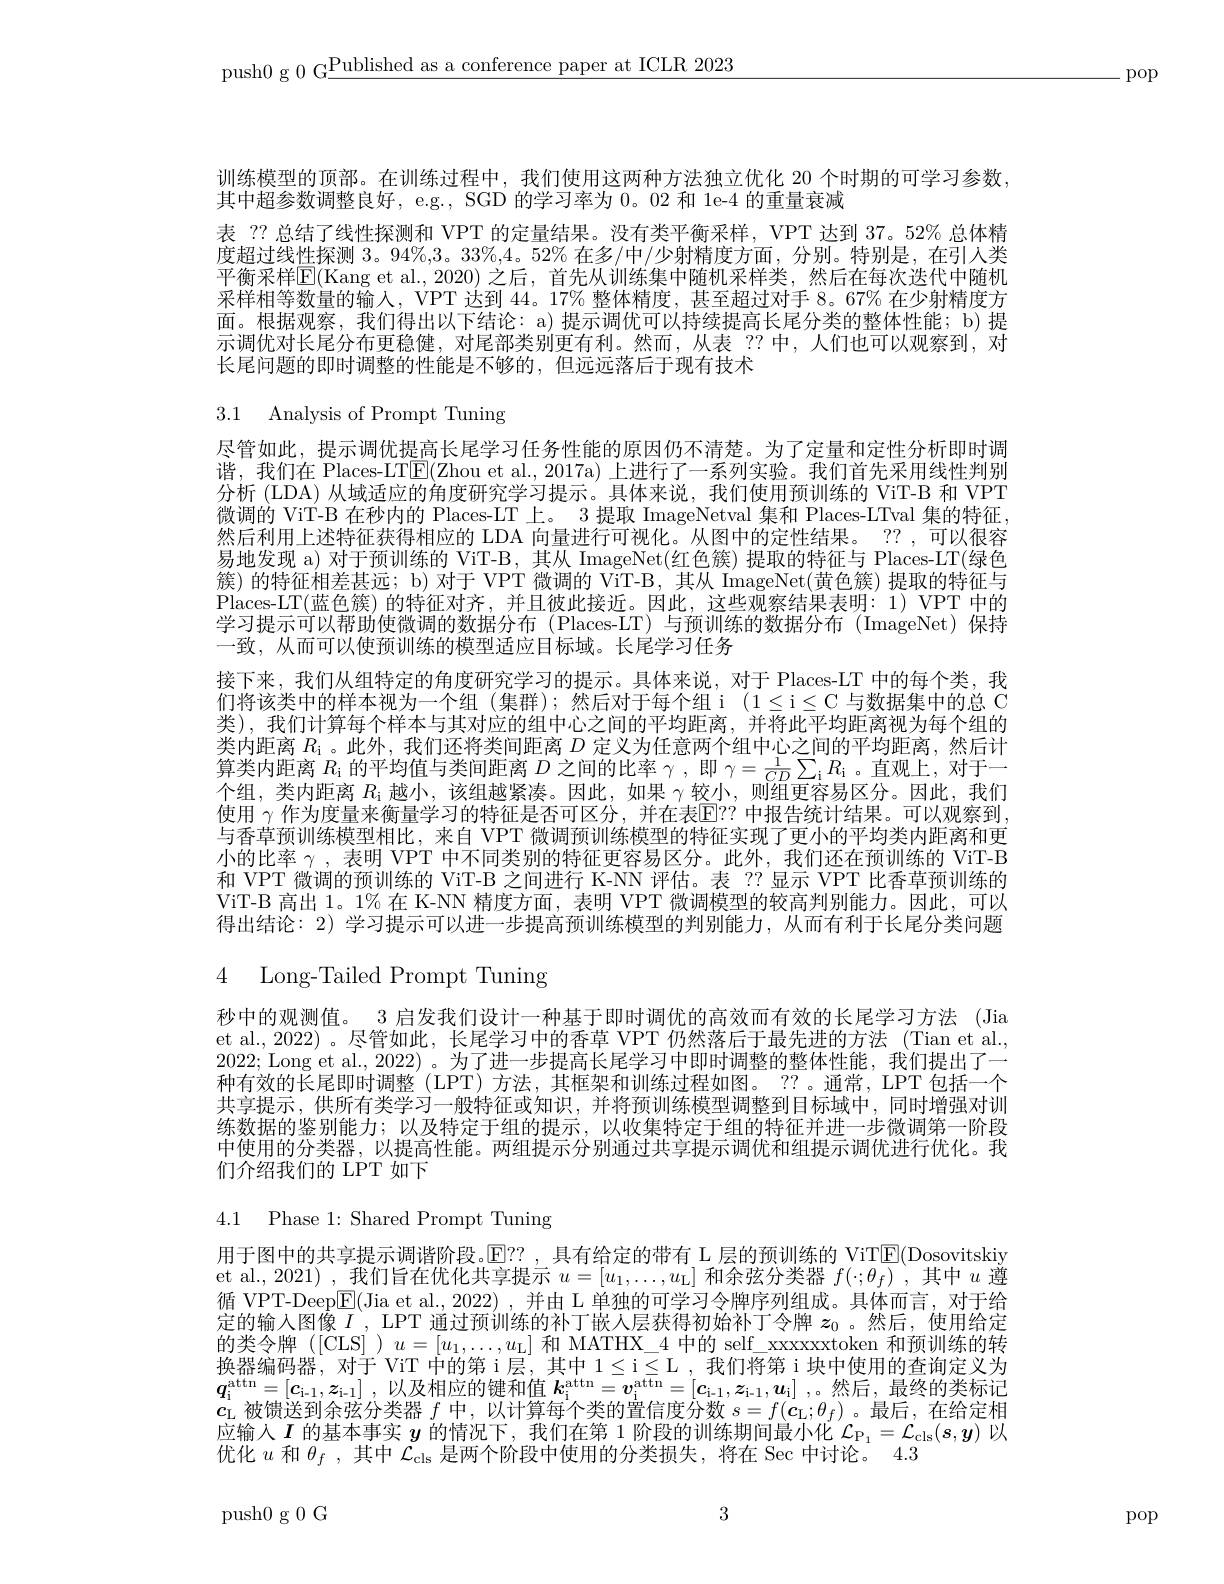
push0 g 0 G$\underline\text{Published as a conference paper at ICLR 2023}$

.pop

训练模型的顶部。在训练过程中，我们使用这两种方法独立优化 20 个时期的可学习参数，
其中超参数调整良好，e.g., SGD 的学习率为0。02 和 1e-4 的重量衰减
表 ?? 总结了线性探测和 VPT 的定量结果。没有类平衡采样，VPT 达到 37。52% 总体精度超过线性探测 3。94%,3。33%,4。52% 在多/中/少射精度方面，分别。特别是，在引入类平衡采样$\mathbb{E}($Kang et al.,2020)之后，首先从训练集中随机采样类，然后在每次迭代中随机采样相等数量的输人，VPT 达到 44。17% 整体精度，甚至超过对手 8。67% 在少射精度方面。根据观察，我们得出以下结论：a) 提示调优可以持续提高长尾分类的整体性能；b) 提示调优对长尾分布更稳健，对尾部类别更有利。然而，从表 ??中，人们也可以观察到，对长尾问题的即时调整的性能是不够的，但远远落后于现有技术

3.1 Analysis of Prompt Tuning

尽管如此，提示调优提高长尾学习任务性能的原因仍不清楚。为了定量和定性分析即时调谐，我们在 Places-LTE(Zhou et al., 2017a) 上进行了一系列实验。我们首先采用线性判别分析 (LDA) 从域适应的角度研究学习提示。具体来说，我们使用预训练的 ViT-B 和 VPT 微调的 ViT-B 在秒内的 Places-LT 上。3 提取 ImageNetval 集和 Places-LTval 集的特征， 然后利用上述特征获得相应的 LDA 向量进行可视化。从图中的定性结果。??, 可以很容易地发现 a) 对于预训练的 ViT-B,其从 ImageNet(红色簇) 提取的特征与 Places-LT(绿色簇)的特征相差甚远；b)对于 VPT 微调的 ViT-B, 其从 ImageNet(黄色簇) 提取的特征与Places-LT(蓝色簇)的特征对齐，并且彼此接近。因此，这些观察结果表明：1)VPT 中的学习提示可以帮助使微调的数据分布(Places-LT)与预训练的数据分布(ImageNet)保持一致，从而可以使预训练的模型适应目标域。长尾学习任务
接下来，我们从组特定的角度研究学习的提示。具体来说，对于 Places-LT 中的每个类，我们将该类中的样本视为一个组 (集群);然后对于每个组 i ( 1$\leq$i$\leq$C与数据集中的总 C 类),我们计算每个样本与其对应的组中心之间的平均距离，并将此平均距离视为每个组的类内距离$R_\mathrm{i}$ 。此外，我们还将类间距离$D$定义为任意两个组中心之间的平均距离，然后计算类内距离$R_\mathrm{i}$的平均值与类间距离$D$之间的比率$\gamma$ ,即$\gamma=\frac1{CD}\sum_\mathrm{i}R_\mathrm{i}$ 。直观上，对于一个组 当中正言$\mathcal{R}$书记为一个为一个时间，为中一个人口为个组，类内距离$R_\mathrm{i}$越小，该组越紧凑。因此，如果$\gamma$较小，则组更容易区分。因此，我们使用$\gamma$作为度量来衡量学习的特征是否可区分，并在表$\overline{\mathrm{E}}??$中报告统计结果。可以观察到， 与香草预训练模型相比，来自 VPT 微调预训练模型的特征实现了更小的平均类内距离和更小的比率$\gamma$ ,表明 VPT 中不同类别的特征更容易区分。此外，我们还在预训练的 ViT-B 和 VPT 微调的预训练的 ViT-B 之间进行 K-NN 评估。表 ??显示 VPT 比香草预训练的ViT-B 高出 1。1% 在 K-NN 精度方面，表明 VPT 微调模型的较高判别能力。因此，可以得出结论：2) 学习提示可以进一步提高预训练模型的判别能力，从而有利于长尾分类问题

4 Long-Tailed Prompt Tuning

秒中的观测值。3 启发我们设计一种基于即时调优的高效而有效的长尾学习方法 (Jia et al., 2022)。尽管如此，长尾学习中的香草 VPT 仍然落后于最先进的方法 (Tian et al., 2022; Long et al., 2022) 。为了进一步提高长尾学习中即时调整的整体性能，我们提出了一种有效的长尾即时调整(LPT)方法，其框架和训练过程如图。??。通常，LPT包括一个共享提示，供所有类学习一般特征或知识，并将预训练模型调整到目标域中，同时增强对训练数据的鉴别能力；以及特定于组的提示，以收集特定于组的特征并进一步微调第一阶段中使用的分类器，以提高性能。两组提示分别通过共享提示调优和组提示调优进行优化。我们介绍我们的 LPT 如下

4.1 Phase 1: Shared Prompt Tuning

用于图中的共享提示调谐阶段。$\operatorname{E?}$,具有给定的带有 L 层的预训练的 ViT$\operatorname{E}($Dosovitskiy et al., 2021) , 我们旨在优化共享提示$u=[u_1,\ldots,u_{\mathrm{L}}]$和余弦分类器$f(\cdot;\theta_f)$ ,其中$u$遵循 VPT-Deep$\boxed{\mathrm{E}}($Jia et al.,2022),并由 L 单独的可学习令牌序列组成。具体而言，对于给定的输入图像$I$, LPT 通过预训练的补丁嵌人层获得初始补丁令牌 $z_0$ 。然后，使用给定的类令牌([CLS] )$u=[u_1,\ldots,u_{\mathrm{L}}]$和 MATHX\_4 中的 self\_xxxxxtoken 和预训练的转换器编码器，对于 ViT 中的第 i层，其中$1\leq$i$\leq$L ,我们将第 i 块中使用的查询定义为$\boldsymbol{q}_{\mathrm{i} }^{\mathrm{attn}}= [ \boldsymbol{c}_{\mathrm{i- 1}}, \boldsymbol{z}_{\mathrm{i- 1}}]$ ,以及相应的键和值 $\boldsymbol{k}_\mathrm{i} ^\mathrm{attn}= \boldsymbol{v}_\mathrm{i} ^\mathrm{attn}= \left [ \boldsymbol{c}_\mathrm{i- 1}, \boldsymbol{z}_\mathrm{i- 1}, \boldsymbol{u}_\mathrm{i} \right ]$ ,。然后，最终的类标记$\dot{c_\mathrm{L}\text{ 被馈送到余弦分类器 }f\text{ 中，以计算每个类的置信度分数 }s}=f(\dot{\boldsymbol{c}_\mathrm{L}};\theta_f)$ 。最后，在给定相应输入$\boldsymbol{I}$的基本事实$\boldsymbol{y}$的情况下，我们在第 1 阶段的训练期间最小化$\mathcal{L}_{\mathcal{P}_1}=\mathcal{L}_{\mathrm{cls}}(\boldsymbol{s},\boldsymbol{y})$以优化$u$和$\theta_f$,其中$\mathcal{L}_\mathrm{cls}$是两个阶段中使用的分类损失，将在 Sec 中讨论。4.3

3

push0 g 0 G

pop